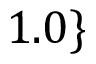
1 . 0 \}